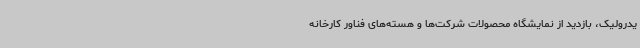
یدرولیک، بازدید از نمایشگاه محصولات شرکت‌ها و هسته‌های فناور کارخانه